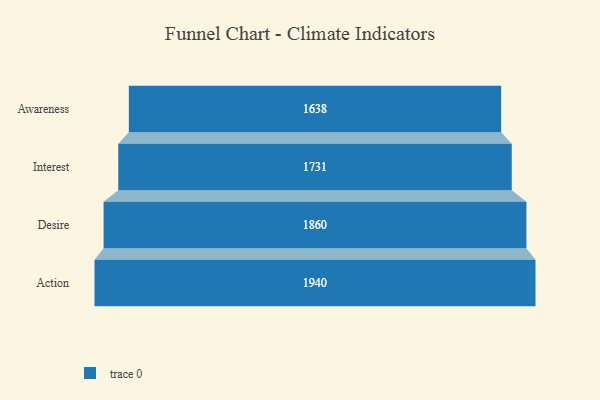
{"axis": {"x": "Stage", "y": "Value"}, "legend": [""], "data": [{"x": "Awareness", "y": 1638.0, "type": ""}, {"x": "Interest", "y": 1731.0, "type": ""}, {"x": "Desire", "y": 1860.0, "type": ""}, {"x": "Action", "y": 1940.0, "type": ""}]}